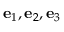
\mathbf { e } _ { 1 } , \mathbf { e } _ { 2 } , \mathbf { e } _ { 3 }